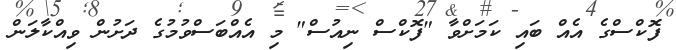
ފޮކްސްގެ އެއް ބައި ކަމަށްވާ "ފޮކްސް ނިއުސް" މި އެއްބަސްވުމުގެ ދަށުން ވިއްކާލަން